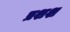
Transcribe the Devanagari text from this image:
प्रशश